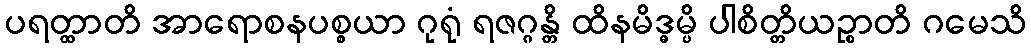
ပရတ္ထာတိ အာရောစနပစ္စယာ ဂုရုံ ရဇဂ္ဂန္တိ ထိနမိဒ္ဓမ္ပိ ပါစိတ္တိယဉ္စာတိ ဂမေသိ